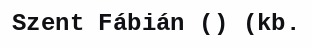
Szent Fábián () (kb.